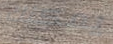
يمكنك